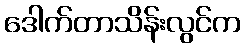
ဒေါက်တာသိန်းလွင်က